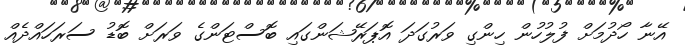
އޭނާ ހޯދުމަށް ފުލުހުން ހިންގި ވަރުގަދަ އޮޕަރޭޝަންގައި ބޮސްޓަންގެ ވަރަށް ބޮޑު ސަރަހައްދެއް